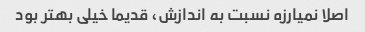
اصلا نمیارزه نسبت به اندازش، قدیما خیلی بهتر بود